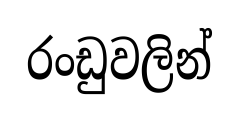
රංඩුවලින්